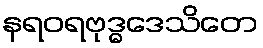
နရဝရဗုဒ္ဓဒေသိတေ